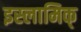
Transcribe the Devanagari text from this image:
इस्लामिक्